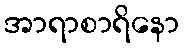
အာရာစာရိနော